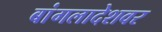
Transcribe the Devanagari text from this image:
बांगलादेशवर